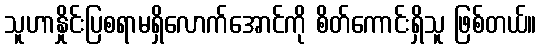
သူဟာနှိုင်းပြစရာမရှိလောက်အောင်ကို စိတ်ကောင်းရှိသူ ဖြစ်တယ်။